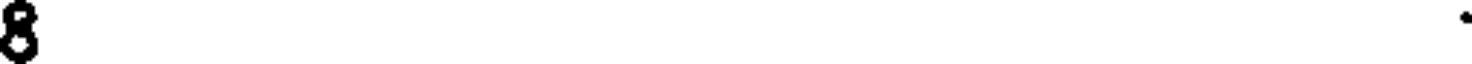
8